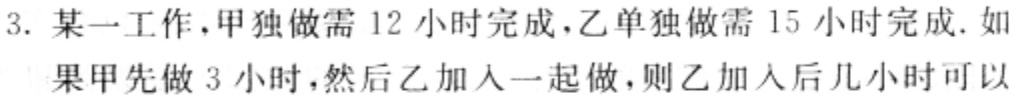
3. 某一工作，甲独做需 12 小时完成，乙单独做需 15 小时完成. 如果甲先做 3 小时，然后乙加入一起做，则乙加入后几小时可以